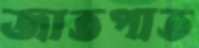
জাতপাত